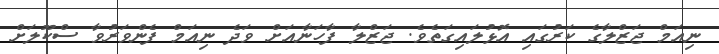
ނިއަމް ޖަޒްލާގެ ކަރުގައި އޮޅުލައިގަތެވެ. ޖަޒްލާ ފާހަނާއަށް ވަދެ ނިއަމް ފެންވަރުވާ ސްކޫލަށް